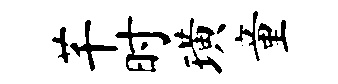
芊时璜童